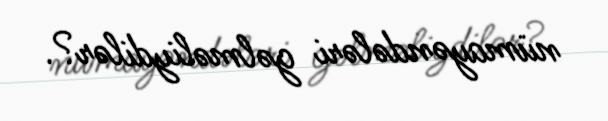
nümayəndələri gəlməliydilər?.